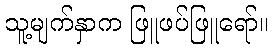
သူ့မျက်နှာက ဖြူဖပ်ဖြူရော်။